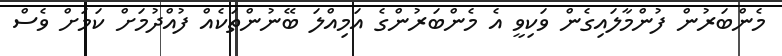
މެންބަރުން ފުންމާލައިގެން ވަކިވީ އެ މެންބަރުންގެ އަމިއްލަ ބޭނުންތަކެއް ފުއްދުމަށް ކަމަަށް ވެސް